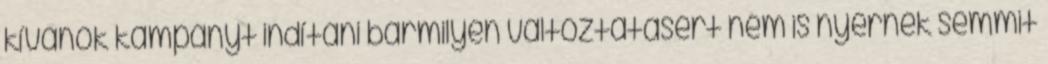
kívánok kampányt indítani bármilyen változtatásért nem is nyernék semmit